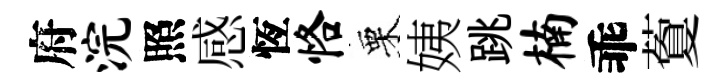
府浣照感恆恪栗姨跳楠乖藑